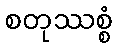
စတုဿစ္စံ